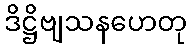
ဒိဋ္ဌိဗျသနဟေတု